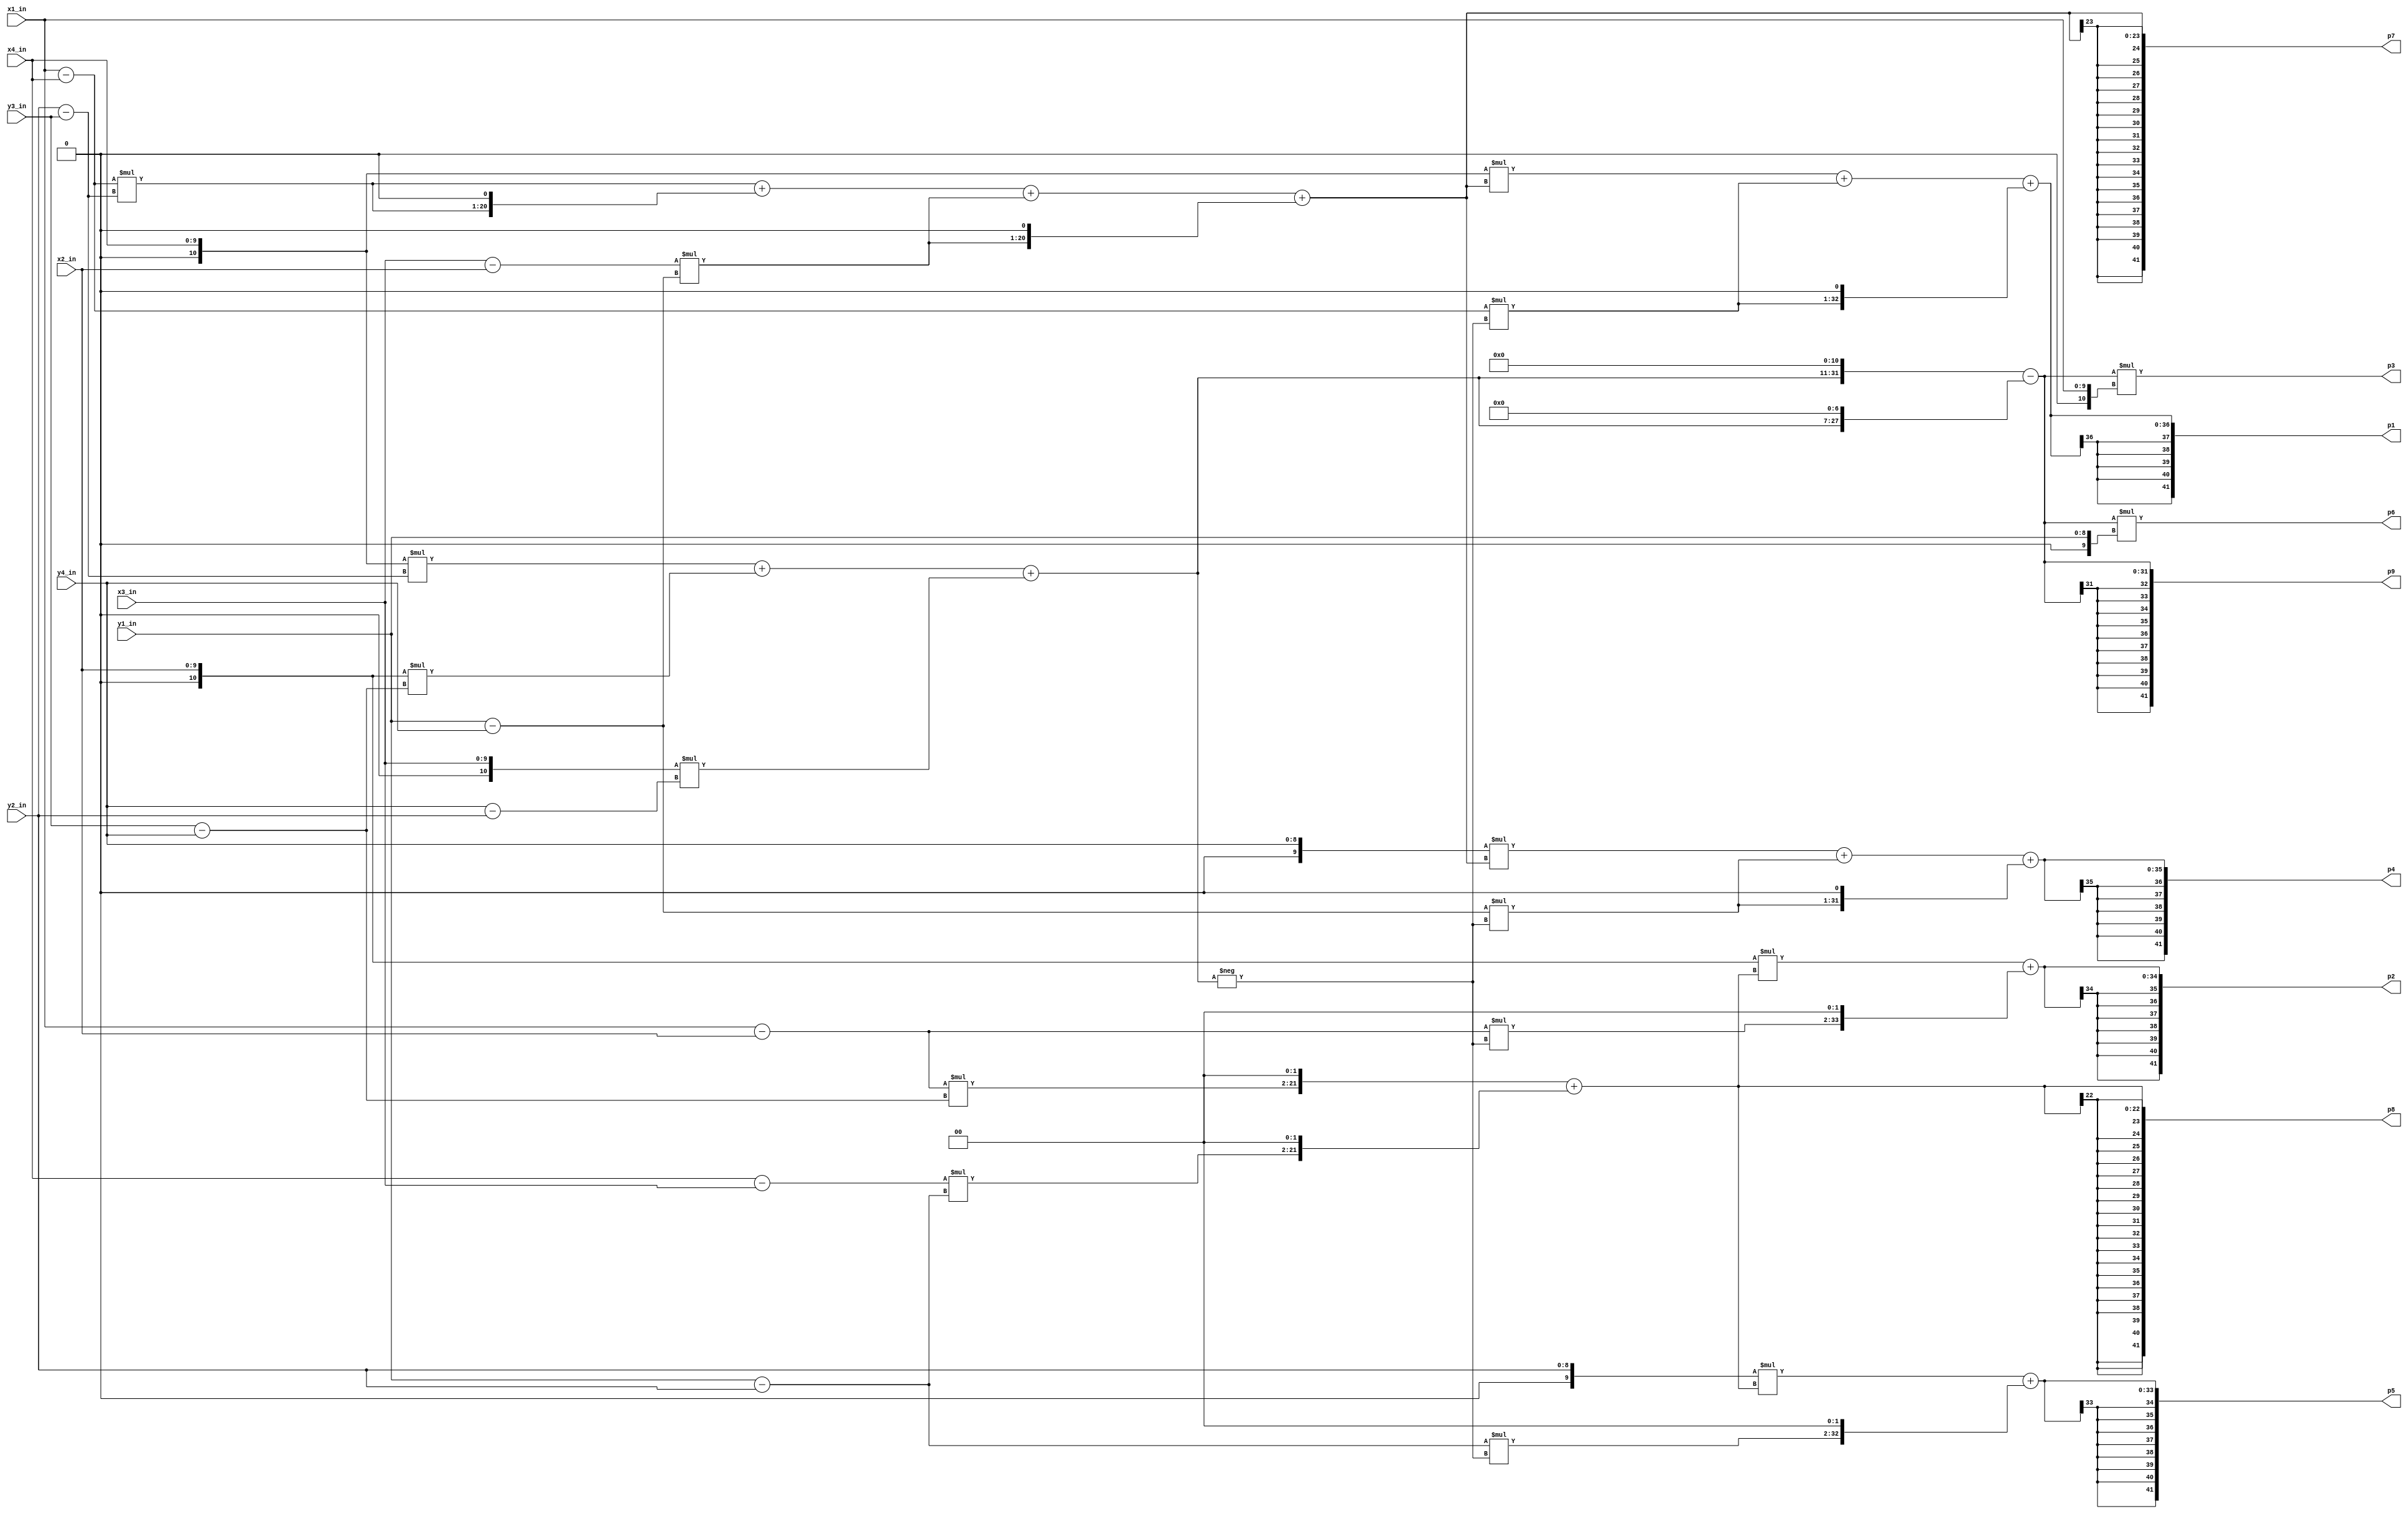
// Compute the parameters of a perspective transform given input coordinates
// The map takes corners (0, 0), (0, 480), (640, 480), (640, 0) in that order to the input corners 1, 2, 3, 4
// The code here is based on mathematical solutions derived by G. Ajjanagadde, S. Jain, and J. Thomas in Fall 2014,
// but with heavy optimization and refinement over their algorithms.
module compute_parameters(input [9:0] x1_in, x2_in, x3_in, x4_in,
                      input [8:0] y1_in, y2_in, y3_in, y4_in,
                      output signed [41:0] p1, p2, p3, p4, p5, p6, p7, p8, p9);

    // Sign-extend all inputs so that subtractions and multiplications are interpreted correctly
    wire signed [10:0] x1, x2, x3, x4;
    assign x1 = {1'b0, x1_in};
    assign x2 = {1'b0, x2_in};
    assign x3 = {1'b0, x3_in};
    assign x4 = {1'b0, x4_in};
    
    wire signed [9:0] y1, y2, y3, y4;
    assign y1 = {1'b0, y1_in};
    assign y2 = {1'b0, y2_in};
    assign y3 = {1'b0, y3_in};
    assign y4 = {1'b0, y4_in};
    
    // Common subtractions
    // The order of the operands is not always index order - it's based on the frequency with which we will need these computations in a given order
    wire signed [10:0] x1minusx2, x1minusx4, x3minusx2, x4minusx3;
    assign x1minusx2 = x1 - x2;
    assign x1minusx4 = x1 - x4;
    assign x3minusx2 = x3 - x2;
    assign x4minusx3 = x4 - x3;
    
    wire signed [9:0] y1minusy2, y1minusy4, y2minusy3, y3minusy4, y4minusy2;
    assign y1minusy2 = y1 - y2;
    assign y1minusy4 = y1 - y4;
    assign y2minusy3 = y2 - y3;
    assign y3minusy4 = y3 - y4;
    assign y4minusy2 = y4 - y2;  
    
    // This is an expression which is used in the computation of 7 of the 9 parameters
    // Constant 1920 is used in 3 of them, and is due to the known choices of the preimage four corners
    // We actually don't lose fidelity with common here, because its maximum magnitude and all intermediate computations
    //   are also bounded by 2^20
    // This requires a mathematical proof, not shown here
    wire signed [20:0] common_scratch1, common_scratch2, common_scratch3, common, negcommon;
    wire signed [31:0] commontimes1920;
    assign common_scratch1 = x4 * y2minusy3;
    assign common_scratch2 = x2 * y3minusy4;
    assign common_scratch3 = x3 * y4minusy2;
    
    assign common = common_scratch1 + common_scratch2 + common_scratch3;
    assign negcommon = -common; // Doing this here may save some negating circuitry in p1, p2, p4, p5 calculations
    assign commontimes1920 = (common << 11) - (common << 7);
    
    // Compute p3, p6, p9 first - they are quick computations given commontimes1920
    assign p3 = commontimes1920 * x1; // p3 max length 42
    assign p6 = commontimes1920 * y1; // p6 max length 41
    assign p9 = commontimes1920; // p9 max length 32
    
    // Compute p7, p8 next - they are needed for the remaining four
    wire signed [19:0] p7_scratch1, p7_scratch2, p8_scratch1, p8_scratch2;
    assign p7_scratch1 = x1minusx4 * y2minusy3;
    assign p7_scratch2 = x3minusx2 * y1minusy4;
    assign p7 = p7_scratch1 + (p7_scratch1 << 1) + p7_scratch2 + (p7_scratch2 << 1); // p7 max length 23
    
    assign p8_scratch1 = x1minusx2 * y3minusy4;
    assign p8_scratch2 = x4minusx3 * y1minusy2;
    assign p8 = (p8_scratch1 << 2) + (p8_scratch2 << 2); // p8 max length 23
    
    // Compute p1, p2, p4, p5 using p7, p8
    wire signed [34:0] p1_scratch1, p2_scratch1;
    wire signed [33:0] p4_scratch1, p5_scratch1;
    wire signed [31:0] p1_scratch2, p2_scratch2, p4_scratch2, p5_scratch2;
    assign p1_scratch1 = x4 * p7;
    assign p1_scratch2 = x1minusx4 * negcommon;
    assign p1 = p1_scratch1 + p1_scratch2 + (p1_scratch2 << 1); // p1 max length 36
    
    assign p2_scratch1 = x2 * p8;
    assign p2_scratch2 = x1minusx2 * negcommon;
    assign p2 = p2_scratch1 + (p2_scratch2 << 2); // p2 max length 36
    
    assign p4_scratch1 = y4 * p7;
    assign p4_scratch2 = y1minusy4 * negcommon;
    assign p4 = p4_scratch1 + p4_scratch2 + (p4_scratch2 << 1); // p4 max length 35
    
    assign p5_scratch1 = y2 * p8;
    assign p5_scratch2 = y1minusy2 * negcommon;
    assign p5 = p5_scratch1 + (p5_scratch2 << 2); // p5 max length 35
    
endmodule

//////////////////// STAFF PROVIDED MODULE
// The divider module divides one number by another. It
// produces a signal named "ready" when the quotient output
// is ready, and takes a signal named "start" to indicate
// the the input dividend and divider is ready.
// sign -- 0 for unsigned, 1 for twos complement

// It uses a simple restoring divide algorithm.
// http://en.wikipedia.org/wiki/Division_(digital)#Restoring_division

module divider #(parameter WIDTH = 8) 
  (input clk, sign, start,
   input [WIDTH-1:0] dividend, 
   input [WIDTH-1:0] divider,
   output reg [WIDTH-1:0] quotient,
   output [WIDTH-1:0] remainder,
   output ready);

   reg [WIDTH-1:0]  quotient_temp;
   reg [WIDTH*2-1:0] dividend_copy, divider_copy, diff;
   reg negative_output;
   
   assign remainder = (!negative_output) ?
             dividend_copy[WIDTH-1:0] : ~dividend_copy[WIDTH-1:0] + 1'b1;

   reg [5:0] bit;
   reg del_ready = 1;
   assign ready = (!bit) & ~del_ready;

   wire [WIDTH-2:0] zeros = 0;
   initial bit = 0;
   initial negative_output = 0;
   always @( posedge clk ) begin
      del_ready <= !bit;
      if( start ) begin

         bit = WIDTH;
         quotient = 0;
         quotient_temp = 0;
         dividend_copy = (!sign || !dividend[WIDTH-1]) ?
                         {1'b0,zeros,dividend} :  
                         {1'b0,zeros,~dividend + 1'b1};
         divider_copy = (!sign || !divider[WIDTH-1]) ?
			 {1'b0,divider,zeros} :
			 {1'b0,~divider + 1'b1,zeros};

         negative_output = sign &&
                           ((divider[WIDTH-1] && !dividend[WIDTH-1])
                            ||(!divider[WIDTH-1] && dividend[WIDTH-1]));
       end
      else if ( bit > 0 ) begin
         diff = dividend_copy - divider_copy;
         quotient_temp = quotient_temp << 1;
         if( !diff[WIDTH*2-1] ) begin
            dividend_copy = diff;
            quotient_temp[0] = 1'd1;
         end
         quotient = (!negative_output) ?
                    quotient_temp :
                    ~quotient_temp + 1'b1;
         divider_copy = divider_copy >> 1;
         bit = bit - 1'b1;
      end
   end
endmodule
////////////////// END STAFF PROVIDED MODULE


module pixel_transform (input clk, 
                         input start,
                         input signed [41:0] p1, p2, p3, p4, p5, p6, p7, p8, p9,
                         input [35:0] source_data,
                         output reg [18:0] source_addr, 
                         output [18:0] dest_addr,
                         output [35:0] dest_data,
                         output dest_we,
                         output reg done);
   
   // Coordinates of the pixel we're currently mapping
   reg [9:0] x;
   reg [8:0] y;
   
   // State registers - wait counters and overall state
   reg [9:0] div_delay;
   reg [1:0] state;
   
   parameter STATE_INITIAL = 2'b10;
   parameter STATE_READY = 2'b00;
   parameter STATE_WAIT_DIV = 2'b01;
   
   // Avoid multiplying to generate the components based on p1, p4, p7
   reg signed [46:0] p1_component, p4_component, p7_component;
   
   // Avoid multiplying to generate the components based on p2, p3, p5, p6, p8, p9
   reg signed [45:0] p2p3_component, p5p6_component, p8p9_component;
   
   wire signed [47:0] numer1, numer2, denom;
   assign numer1 = p1_component + p2p3_component;
   assign numer2 = p4_component + p5p6_component;
   assign denom = p7_component + p8p9_component;
   
   // initialize signed dividers
   // We give these the fast clock, so we have to wait fewer slow-clock cycles
   reg divstart;
   wire div1ready, div2ready;
   wire [47:0] dummy1, dummy2; // remainder not used
   wire [47:0] quotient1, quotient2;
   divider #(.WIDTH(48)) divider1  // x-coordinate
                    (.dividend(numer1), 
                    .divider(denom), 
                    .quotient(quotient1),
                    .start(divstart),
                    .ready(div1ready),
                    .remainder(dummy1),
                    .sign(1'b1),
                    .clk(clk));
                    
   divider #(.WIDTH(48)) divider2  // y-coordinate
                    (.dividend(numer2), 
                    .divider(denom), 
                    .quotient(quotient2),
                    .start(divstart),
                    .ready(div2ready),
                    .remainder(dummy2),
                    .sign(1'b1),
                    .clk(clk));
                    
   // Wire the source memory data to the destination memory data
   // Need to delay the write enable and dest address signals by 2 cycles
   // Cycle 0: Supply source address, dest write enable, dest write address
   // Cycle 1: Source memory is fetching, dest signals are in delay pipeline
   // Cycle 2: Source memory fetched, dest signals + source data supplied to dest memory
   reg [18:0] dest_addr_delay;
   reg dest_we_delay;
   reg [37:0] dest_addr_pipe;
   reg [1:0] dest_we_pipe;
   assign dest_addr = dest_addr_pipe[37:19];
   assign dest_we = dest_we_pipe[1];
   always @(posedge clk) begin
       dest_addr_pipe <= {dest_addr_pipe[18:0], dest_addr_delay};
       dest_we_pipe <= {dest_we_pipe[0], dest_we_delay};
   end
   assign dest_data = source_data; // Due to how we're handling these signals
   
   // Source address is based on quotients
   // addr = x + 1024y
   wire [18:0] source_addr_next;
   assign source_addr_next = {quotient2[8:0], quotient1[9:0]};

   // This module needs to operate on a slow clock due to large-width arithmetic
   // Reduce the clock speed to 1/4 of the original
   reg [1:0] counter;
   initial begin
      counter <= 0;
   end
   always @(posedge clk) begin
      if (counter == 3) begin
         counter <= 0;
      end
      else counter <= counter + 1;
   end
   
   reg start_slow; // Used to synchronize start with the slow clock, to ensure a full slow-clock cycle to compute initial values
                    
   initial begin
      state = STATE_INITIAL;
      done = 0;
   end
   
   always @(posedge clk) begin
      if (counter == 0) begin // Simulate a slow clock
         if (start_slow == 1 || start == 1) begin
            start_slow <= 0;
            x <= 0;
            y <= 0;
            p1_component <= 0;
            p4_component <= 0;
            p7_component <= 0;
            p2p3_component <= p3;
            p5p6_component <= p6;
            p8p9_component <= p9;
            dest_addr_delay <= 0;
            dest_we_delay <= 0;
            done <= 0;
            
            state <= STATE_READY;
         end
         else if (y < 480) begin
            if (state == STATE_READY) begin
               divstart <= 1;
               state <= STATE_WAIT_DIV;
               div_delay <= 15; // This should be enough for restoring divide algorithms
            end
            else if (state == STATE_WAIT_DIV) begin
               if (div_delay > 0) begin
                  div_delay <= div_delay - 1;
               end
               else begin // Division is done
                  dest_we_delay <= 1;
                  source_addr <= source_addr_next;
                  state <= STATE_READY;
                  dest_addr_delay <= {y, x};
                  if (x == 639) begin
                     p1_component <= 0;
                     p4_component <= 0;
                     p7_component <= 0;
                     x <= 0;
                     y <= y+1;
                     p2p3_component <= p2p3_component + p2;
                     p5p6_component <= p5p6_component + p5;
                     p8p9_component <= p8p9_component + p8;
                  end
                  else begin
                     p1_component <= p1_component + p1;
                     p4_component <= p4_component + p4;
                     p7_component <= p7_component + p7;
                     x <= x+1;
                  end
               end
            end
         end
         else if (state != STATE_INITIAL) begin // Don't exert Done early
            done <= 1;
         end
      end
      // Memories will use the fast clock, so we ensure that the write-enable
      // is only high for one fast clock cycle
      // Same for division enable
      // Lastly, synchronize the start signal so we can pulse it for one fast clock cycle
      // but it will only actually start on the next slow clock rising edge
      else begin
         if (dest_we_delay == 1) dest_we_delay <= 0;
         if (divstart == 1) divstart <= 0;
         if (start == 1) start_slow <= 1;
      end
      
   end
   

endmodule